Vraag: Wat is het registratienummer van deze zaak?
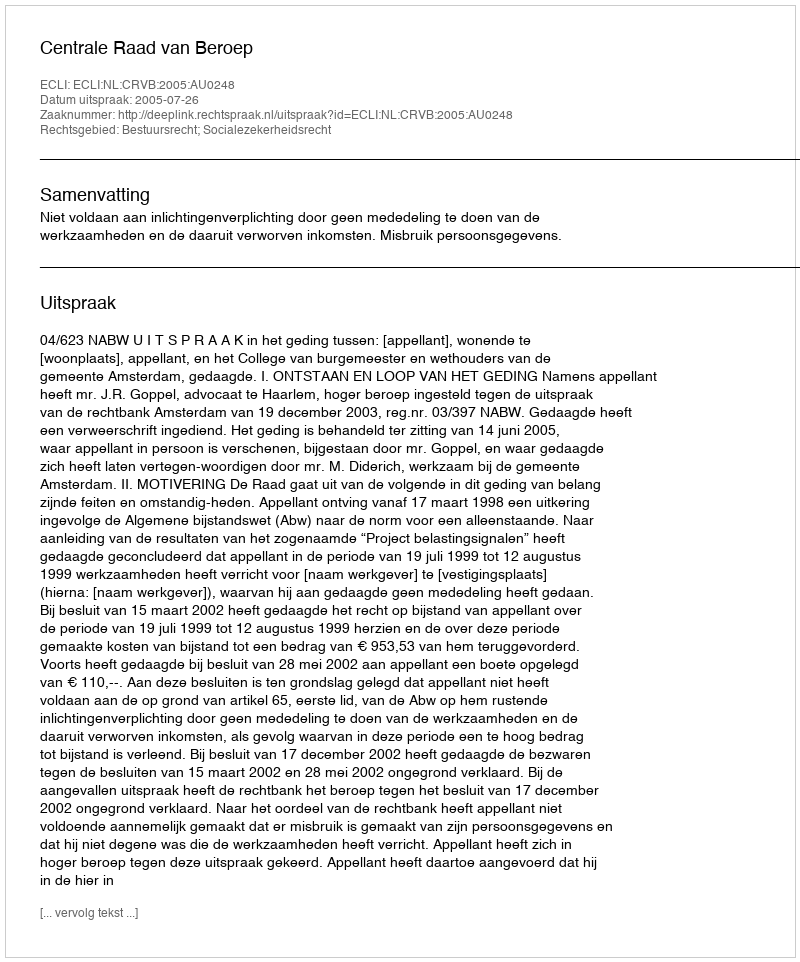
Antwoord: http://deeplink.rechtspraak.nl/uitspraak?id=ECLI:NL:CRVB:2005:AU0248